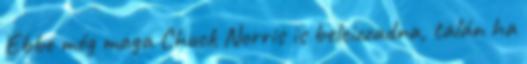
Ebbe még maga Chuck Norris is beleizzadna, talán ha